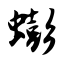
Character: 蟛